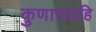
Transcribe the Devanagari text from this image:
कुणाच्याहि